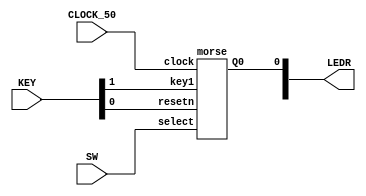

module lab5part3(CLOCK_50, SW, KEY, LEDR);
	input CLOCK_50;
	input [2:0]SW;
	input [1:0]KEY;
	output [1:0]LEDR;
	morse u4(KEY[1], CLOCK_50, KEY[0], SW[2:0], LEDR[0] );
endmodule

module morse(key1, clock, resetn, select, Q0 );
	input key1;
	input clock;
//	input enable;
	input resetn;
	input [2:0]select;
	output Q0;
	//wire W1;
	wire [26:0]W4;
	wire W2;
	wire [12:0]W3;
	//wire [12:0]W5;
	
	//assign Q = (count == 0) ? 1 : 0;
	down_counter u1(clock, resetn,key1, W4 );
	assign W2 = (W4 == 0) ? 1 : 0;
	//assign W1 = key1 & W2;
	mux_morse u2(select, W3);
	shift_with_n u3(W2, key1, clock, resetn, W3, Q0);
	//assign Q0 = W5[0];
endmodule	

//module down_counter(clock, key1enable, Q );
//	input clock;
//	input key1enable;
//	output Q;
//	//reg [26:0]frequency = 27'b101111101011110000011111111;
//	reg [26:0]count = 0;
//		always@(posedge clock)
//		if(key1enable)
//		begin
//			if(count == 27'b0)
//				count <= 27'b101111101011110000011111111;
//			else
//				count <= count - 1;
//		end	
//	assign Q = (count == 0) ? 1 : 0;
//endmodule   
module down_counter(clock, clear, enable, Q);
	input clock;
	input clear;
	input enable;
	output reg[26:0]Q;
		always@(posedge clock)
		if(clear == 0)
			Q <= 0;
		else if(enable == 1'b1)
		begin
			if(Q == 0)
				Q <= 24999999;//27'b101111101011110000011111111;
			else
				Q <= Q - 1;
		end	
			
endmodule                                                                                                    

////////////////////////////////////////////////////////////////////////////
module shift_with_n(enable, parallel_load_n, clock, reset_n, data_in, out);
	input enable;
	input parallel_load_n;
	input clock;	
	input reset_n;
	input [12:0] data_in;
	 reg [12:0] Q;
	 output out;
	always@(posedge clock)
		begin //start
			if(reset_n == 0)
				Q <= 0;
			else if(parallel_load_n == 0)
		    	Q <= data_in;	
			else if (enable == 1);
				begin//555
				Q[0] <= Q[1];
				Q[1] <= Q[2];
				Q[2] <= Q[3];
				Q[3] <= Q[4];
				Q[4] <= Q[5];
				Q[5] <= Q[6];
				Q[6] <= Q[7];
				Q[7] <= Q[8];
				Q[8] <= Q[9];
				Q[9] <= Q[10];
				Q[10] <= Q[11];
				Q[11] <= Q[12];
				Q[12] <= 0;
			   end//555		
		end//start	
		assign out = Q[0];
endmodule

//module shift_reg(clock, resetn, data, enable, Q );
//	input clock;
//	input resetn;
//	input [12:0]data;
//	input enable;
//	output reg [12:0]Q;	
//	always@( posedge clock)//negedge resetn,
//	begin//1st
//		if(resetn == 0)
//			Q[0] <= 0;
//		else if(enable == 0)	
//				begin//b
//				Q[0] <= data[0];
//				Q[1] <= data[1];
//				Q[2] <= data[2];
//				Q[3] <= data[3];
//				Q[4] <= data[4];
//				Q[5] <= data[5];
//				Q[6] <= data[6];
//				Q[7] <= data[7];
//				Q[8] <= data[8];
//				Q[9] <= data[9];
//				Q[10] <= data[10];
//				Q[11] <= data[11];
//				Q[12] <= data[12];
//				end//b
//		else if(enable == 1)
//				begin//c
//				Q[0] <= Q[1];
//				Q[1] <= Q[2];
//				Q[2] <= Q[3];
//				Q[3] <= Q[4];
//				Q[4] <= Q[5];
//				Q[5] <= Q[6];
//				Q[6] <= Q[7];
//				Q[7] <= Q[8];
//				Q[8] <= Q[9];
//				Q[9] <= Q[10];
//				Q[10] <= Q[11];
//				Q[11] <= Q[12];		
//				end//d	
//	end//1st
//endmodule

module mux_morse(select, mux_out);
	input [2:0]select;
	output reg [12:0]mux_out;	
	always@(*)
		case(select[2:0])
			3'b000: mux_out <= 13'b0000000000101;
			3'b001: mux_out <= 13'b1110111011101;
			3'b010: mux_out <= 13'b0000111010111;
			3'b011: mux_out <= 13'b0000101011101;
			3'b100: mux_out <= 13'b0000001110111;
			3'b101: mux_out <= 13'b0000000010111;
			3'b110: mux_out <= 13'b0011101110111;
			3'b111: mux_out <= 13'b0010111011101;
		endcase
endmodule


//module shift_reg(clock, resetn, data, enable, Q );
//	input clock;
//	input resetn;
//	input [12:0]data;
//	input enable;
//	output reg [12:0]Q;	
//	always@(negedge resetn, posedge clock)
//	begin//1st
//		if(resetn == 0)
//			begin//a
//			Q[0] <= 0;
//			Q[1] <= 0;
//			Q[2] <= 0;
//			Q[3] <= 0;
//			Q[4] <= 0;
//			Q[5] <= 0;
//			Q[6] <= 0;
//			Q[7] <= 0;
//			Q[8] <= 0;
//			Q[9] <= 0;
//			Q[10] <= 0;
//			Q[11] <= 0;
//			Q[12] <= 0;
//			end//a
//		else
//			begin//2nd
//			if(enable == 0)
//				begin//b
//				Q[0] <= data[0];
//				Q[1] <= data[1];
//				Q[2] <= data[2];
//				Q[3] <= data[3];
//				Q[4] <= data[4];
//				Q[5] <= data[5];
//				Q[6] <= data[6];
//				Q[7] <= data[7];
//				Q[8] <= data[8];
//				Q[9] <= data[9];
//				Q[10] <= data[10];
//				Q[11] <= data[11];
//				Q[12] <= data[12];
//				end//b
//			else //if(enable == 1)
//				begin//c
//				Q[0] <= Q[1];
//				Q[1] <= Q[2];
//				Q[2] <= Q[3];
//				Q[3] <= Q[4];
//				Q[4] <= Q[5];
//				Q[5] <= Q[6];
//				Q[6] <= Q[7];
//				Q[7] <= Q[8];
//				Q[8] <= Q[9];
//				Q[9] <= Q[10];
//				Q[10] <= Q[11];
//				Q[11] <= Q[12];		
//				end//d
//			end//2nd
//	end//1st
//endmodule